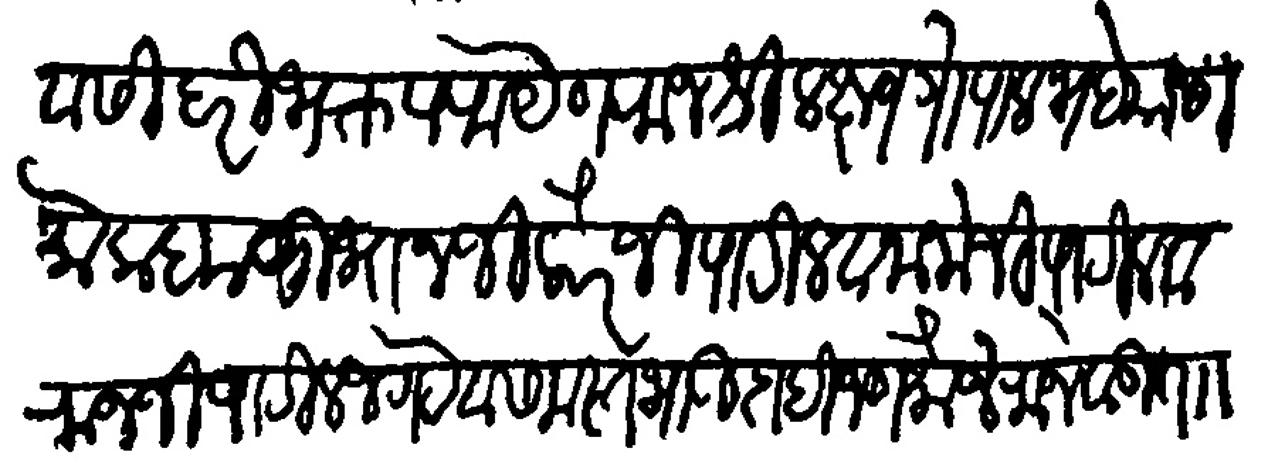
Transliteration (Devanagari): दिवसी हरि भक्त परायण राजश्री लक्ष्मण गोपाल भदे यांसी मोकदम सुभानजी बीन केरोजी पाटील व जानोजी पाटील व राजजी पाटील जगटे व समस्त भाऊ दाहीजण मौजे राजेवाडी ताा